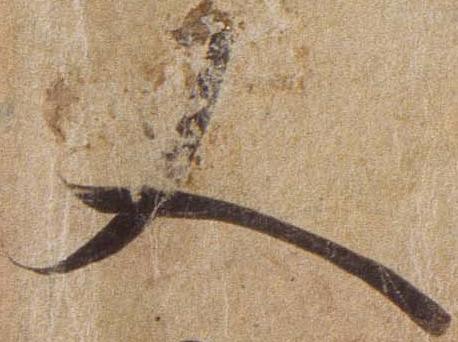
又